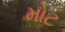
મોટ